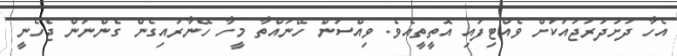
އެހާ ދަށުދަރަޖައަކަށް ވެއްޓިފައި އޮތީތީއެވެ. ވިއްސަން ހޭނައްތާ މީހާ ހޭނާރައިގެން ގެންނަން ޖެހެނީ